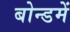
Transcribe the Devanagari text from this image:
बोन्डमें